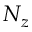
N _ { z }